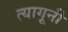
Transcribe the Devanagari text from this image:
त्यागूनी